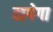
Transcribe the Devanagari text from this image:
दागेगा